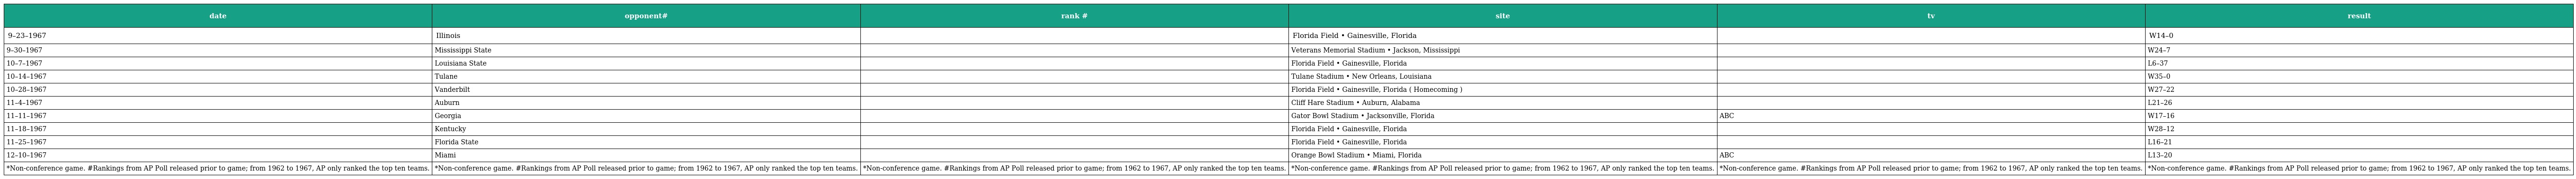
| date | opponent# | rank # | site | tv | result |
 | --- | --- | --- | --- | --- | --- |
 | 9–23–1967 | Illinois |  | Florida Field • Gainesville, Florida |  | W14–0 |
 | 9–30–1967 | Mississippi State |  | Veterans Memorial Stadium • Jackson, Mississippi |  | W24–7 |
 | 10–7–1967 | Louisiana State |  | Florida Field • Gainesville, Florida |  | L6–37 |
 | 10–14–1967 | Tulane |  | Tulane Stadium • New Orleans, Louisiana |  | W35–0 |
 | 10–28–1967 | Vanderbilt |  | Florida Field • Gainesville, Florida ( Homecoming ) |  | W27–22 |
 | 11–4–1967 | Auburn |  | Cliff Hare Stadium • Auburn, Alabama |  | L21–26 |
 | 11–11–1967 | Georgia |  | Gator Bowl Stadium • Jacksonville, Florida | ABC | W17–16 |
 | 11–18–1967 | Kentucky |  | Florida Field • Gainesville, Florida |  | W28–12 |
 | 11–25–1967 | Florida State |  | Florida Field • Gainesville, Florida |  | L16–21 |
 | 12–10–1967 | Miami |  | Orange Bowl Stadium • Miami, Florida | ABC | L13–20 |
 | *Non-conference game. #Rankings from AP Poll released prior to game; from 1962 to 1967, AP only ranked the top ten teams. | *Non-conference game. #Rankings from AP Poll released prior to game; from 1962 to 1967, AP only ranked the top ten teams. | *Non-conference game. #Rankings from AP Poll released prior to game; from 1962 to 1967, AP only ranked the top ten teams. | *Non-conference game. #Rankings from AP Poll released prior to game; from 1962 to 1967, AP only ranked the top ten teams. | *Non-conference game. #Rankings from AP Poll released prior to game; from 1962 to 1967, AP only ranked the top ten teams. | *Non-conference game. #Rankings from AP Poll released prior to game; from 1962 to 1967, AP only ranked the top ten teams. |